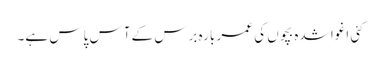
کئی اغوا شدہ بچوں کی عمر بارہ برس کے آس پاس ہے۔